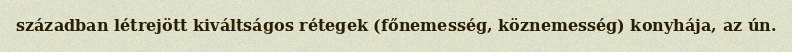
században létrejött kiváltságos rétegek (főnemesség, köznemesség) konyhája, az ún.